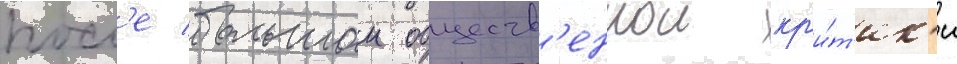
посл'е большои обществ'еннои кр'и́т'ик'и